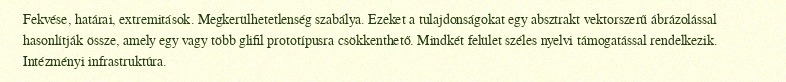
Fekvése, határai, extremitások. Megkerülhetetlenség szabálya. Ezeket a tulajdonságokat egy absztrakt vektorszerű ábrázolással hasonlítják össze, amely egy vagy több glifil prototípusra csökkenthető. Mindkét felület széles nyelvi támogatással rendelkezik. Intézményi infrastruktúra.